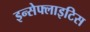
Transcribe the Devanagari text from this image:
इन्सेफ्लाइटिस